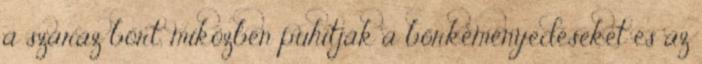
a száraz bőrt, miközben puhítják a bőrkeményedéseket és az